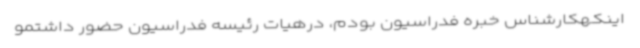
اینکهکارشناس خبره فدراسیون بودم، درهیات رئیسه فدراسیون حضور داشتمو